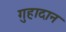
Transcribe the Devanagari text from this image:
गुहादान